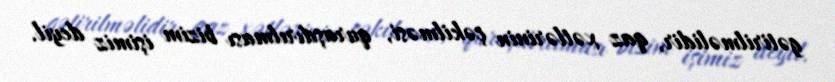
gətirilməlidir, qaz xətlərinin çəkilməsi, quraşdırılması bizim işimiz deyil.